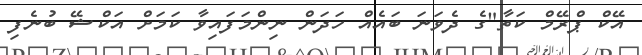
އޭކް ޕްރޭމް ކަތާ"ގެ ދެވަނަ ބައެއް ހަދަން ނިންމަފައިވާ ކަމަށް އަކްޝޭ ބުނެފި